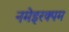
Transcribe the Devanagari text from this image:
नमेइरक्पम